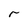
Character: r